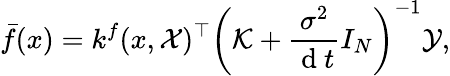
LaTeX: \bar{f}(x)=k^{f}(x,\mathcal{X})^{\top}\left(\mathcal{K}+\frac{{\sigma}^{2}}{\mathrm{~d~}t}I_{N}\right)^{-1}\mathcal{Y},